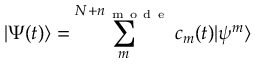
| \Psi ( t ) \rangle = \sum _ { m } ^ { N + n _ { \mathrm { ~ m ~ o ~ d ~ e ~ } } } c _ { m } ( t ) | \psi ^ { m } \rangle